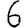
Digit: 6